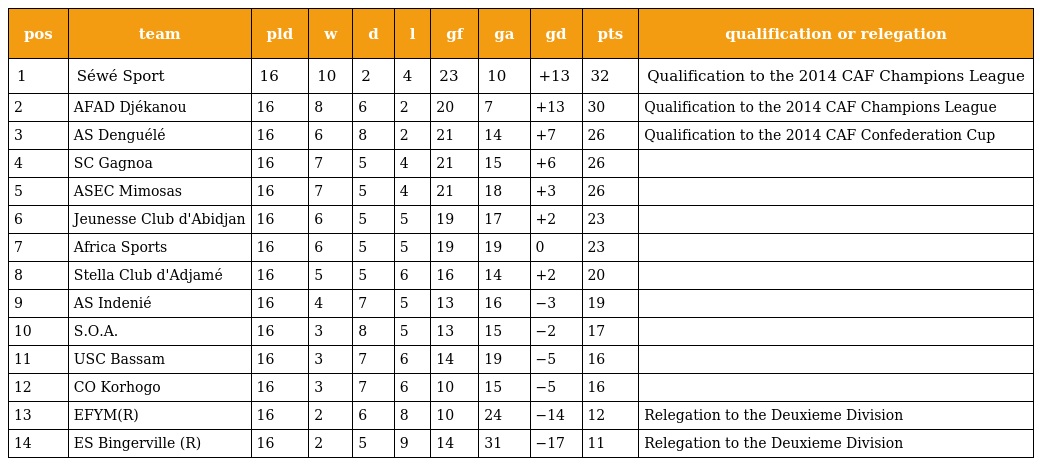
| pos | team | pld | w | d | l | gf | ga | gd | pts | qualification or relegation |
 | --- | --- | --- | --- | --- | --- | --- | --- | --- | --- | --- |
 | 1 | Séwé Sport | 16 | 10 | 2 | 4 | 23 | 10 | +13 | 32 | Qualification to the 2014 CAF Champions League |
 | 2 | AFAD Djékanou | 16 | 8 | 6 | 2 | 20 | 7 | +13 | 30 | Qualification to the 2014 CAF Champions League |
 | 3 | AS Denguélé | 16 | 6 | 8 | 2 | 21 | 14 | +7 | 26 | Qualification to the 2014 CAF Confederation Cup |
 | 4 | SC Gagnoa | 16 | 7 | 5 | 4 | 21 | 15 | +6 | 26 |  |
 | 5 | ASEC Mimosas | 16 | 7 | 5 | 4 | 21 | 18 | +3 | 26 |  |
 | 6 | Jeunesse Club d'Abidjan | 16 | 6 | 5 | 5 | 19 | 17 | +2 | 23 |  |
 | 7 | Africa Sports | 16 | 6 | 5 | 5 | 19 | 19 | 0 | 23 |  |
 | 8 | Stella Club d'Adjamé | 16 | 5 | 5 | 6 | 16 | 14 | +2 | 20 |  |
 | 9 | AS Indenié | 16 | 4 | 7 | 5 | 13 | 16 | −3 | 19 |  |
 | 10 | S.O.A. | 16 | 3 | 8 | 5 | 13 | 15 | −2 | 17 |  |
 | 11 | USC Bassam | 16 | 3 | 7 | 6 | 14 | 19 | −5 | 16 |  |
 | 12 | CO Korhogo | 16 | 3 | 7 | 6 | 10 | 15 | −5 | 16 |  |
 | 13 | EFYM(R) | 16 | 2 | 6 | 8 | 10 | 24 | −14 | 12 | Relegation to the Deuxieme Division |
 | 14 | ES Bingerville (R) | 16 | 2 | 5 | 9 | 14 | 31 | −17 | 11 | Relegation to the Deuxieme Division |